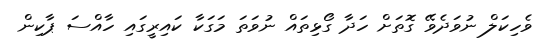
ވެހިކަލް ނުވަދެވޭ ގޮތަށް ހަދާ ގޯޅިތަައް ނުވަތަ މަގަކާ ކައިރީގައި ހާއްސަ ޕާކިން